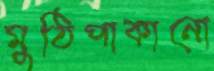
মুঠিপাকানো